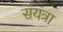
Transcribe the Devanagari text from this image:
संयंत्रा